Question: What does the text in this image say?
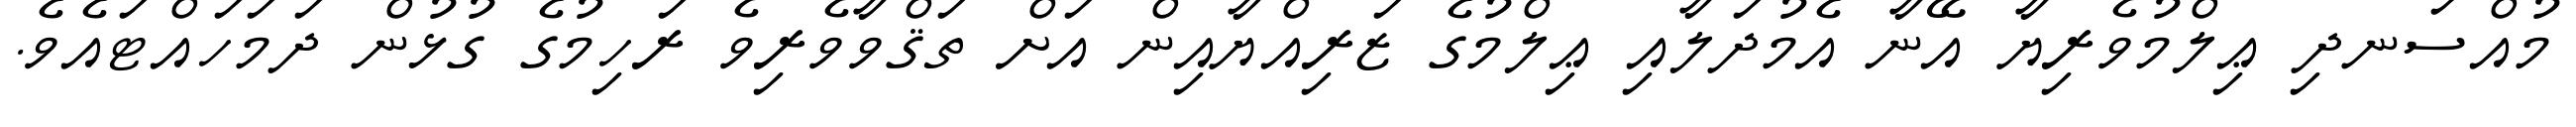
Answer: މުއްސަނދި ޢިލްމުވެރިޔާ އޭނާ އެމުދަލާއި ޢިލްމުގެ ޒަރިއްޔާއިން އަށް ތަޤްވާވެރިވެ ރަހިމުގެ ގުޅުން ދަމަހައްޓައެވެ.